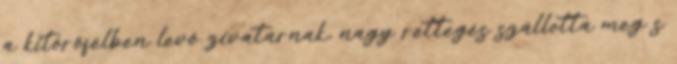
a kitörőfélben levő zivatarnak, nagy rettegés szállotta meg s